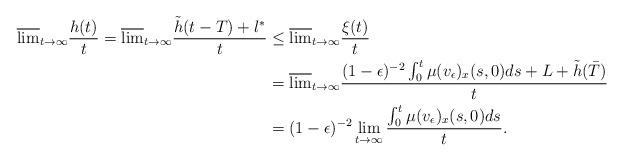
LaTeX: \begin{align*}\overline{\lim}_{t\to\infty}\frac{h(t)}{t}=\overline{\lim}_{t\to\infty}\frac{\tilde{h}(t-T)+l^*}{t}&\leq\overline{\lim}_{t\to\infty}\frac{\xi(t)}{t} \\&=\overline{\lim}_{t\to\infty}\frac{(1-\epsilon)^{-2}\int^t_0\mu(v_\epsilon)_x(s,0)ds+L+\tilde{h}(\bar{T})}{t} \\&=(1-\epsilon)^{-2}\lim_{t\to\infty}\frac{\int^t_0\mu(v_\epsilon)_x(s,0)ds}{t}.\end{align*}